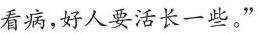
看病，好人要活长一些。”